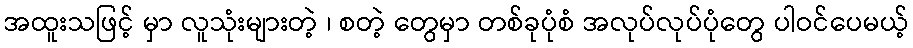
အထူးသဖြင့် မှာ လူသုံးများတဲ့ ၊ စတဲ့ တွေမှာ တစ်ခုပုံစံ အလုပ်လုပ်ပုံတွေ ပါဝင်ပေမယ့်